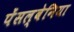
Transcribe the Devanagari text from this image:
पेंसल्वेनिया